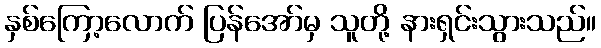
နှစ်ကြော့လောက် ပြန်အော်မှ သူတို့ နားရှင်းသွားသည်။